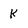
Character: k